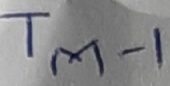
Text: TM-1